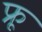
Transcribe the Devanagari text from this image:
फ्रू